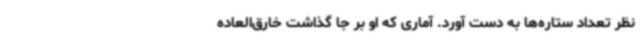
نظر تعداد ستاره‌ها به دست آورد. آماری که او بر جا گذاشت خارق‌العاده